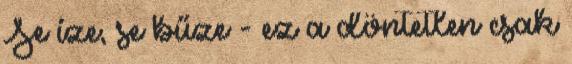
Se íze, se bűze - ez a döntetlen csak